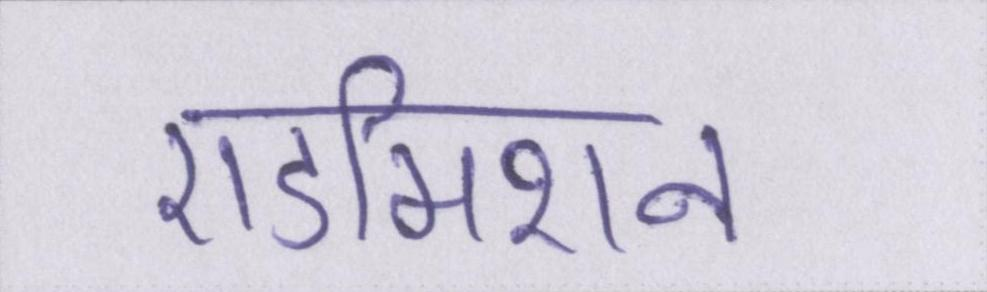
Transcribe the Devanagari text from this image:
एडमिशन